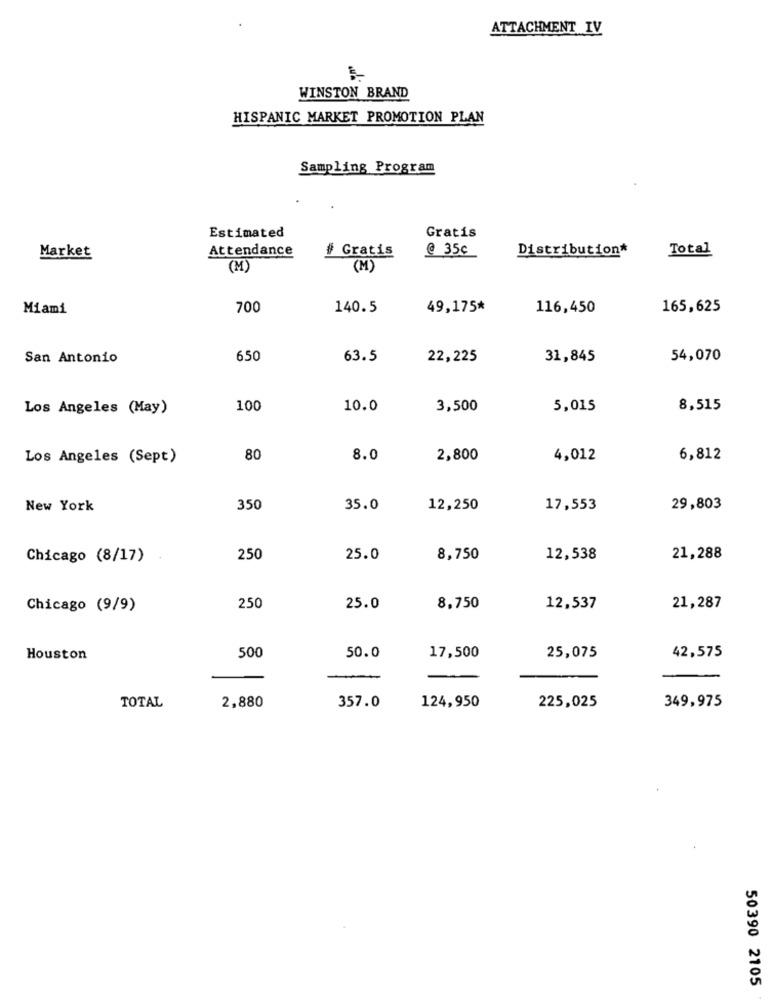
ATTACHMENT IV
WINSTON BRAND
HISPANIC MARKET PROMOTION PLAN
Sampling Program
Estimated
Gratis
Attendance
# Gratis
@ 35c
Distribution*
Total
Market
(M)
(M)
Miami
700
140.5
49,175*
116,450
165,625
San Antonio
650
63.5
22,225
31,845
54,070
Los Angeles (May)
100
10.0
3,500
5,015
8,515
Los Angeles (Sept)
80
8.0
2,800
4,012
6,812
New York
350
35.0
12,250
17,553
29,803
Chicago (8/17)
250
25.0
8,750
12,538
21,288
Chicago (9/9)
250
25.0
8,750
12,537
21,287
500
Houston
50.0
17,500
25,075
42,575
-
TOTAL
2,880
357.0
124,950
225,025
349,975
50390 2105